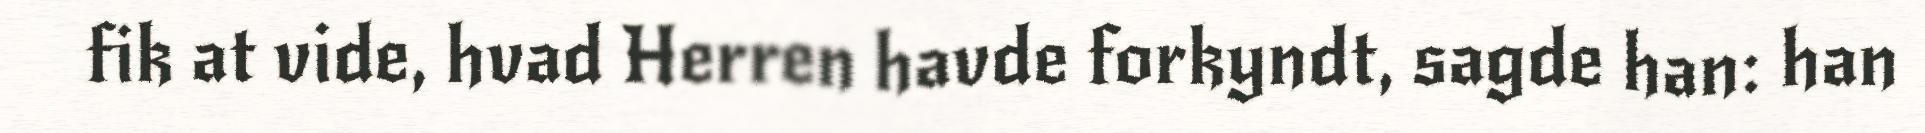
fik at vide, hvad Herren havde forkyndt, sagde han: han